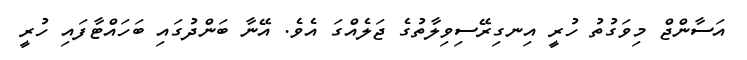
އަސާންޖް މިވަގުތު ހުރީ އިނގިރޭސިވިލާތުގެ ޖަލެއްގަ އެވެ. އޭނާ ބަންދުގައި ބަހައްޓާފައި ހުރީ